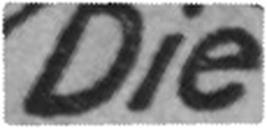
Die